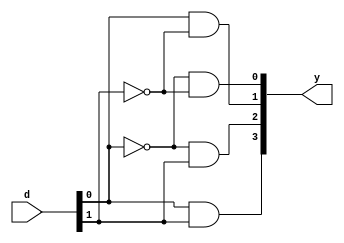
module binary_decoder(
  input [1:0] d,
  output reg [3:0] y);
  assign y[0]=~d[0]&~d[1];
  assign y[1]=d[0]&~d[1];
  assign y[2]=~d[0]&d[1];
  assign y[3]=d[0]&d[1];
endmodule